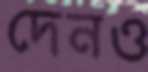
দেনও